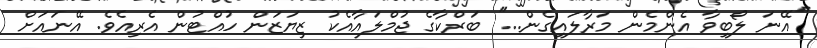
''އޭނަ ލޯބިވާ އެންމެން މަރާލައިގެން...'' ބަރްކާގެ ޖުމްލައާއެކު ޒިޔަޒަން ހުއްޓުން އެރިއެވެ. އޭނައަށް